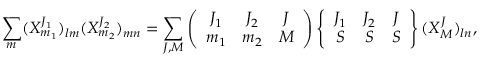
\sum _ { m } ( X _ { m _ { 1 } } ^ { J _ { 1 } } ) _ { l m } ( X _ { m _ { 2 } } ^ { J _ { 2 } } ) _ { m n } = \sum _ { J , M } \left( \begin{array} { c c c } { { J _ { 1 } } } & { { J _ { 2 } } } & { { J } } \\ { { m _ { 1 } } } & { { m _ { 2 } } } & { { M } } \end{array} \right) \left\{ \begin{array} { c c c } { { J _ { 1 } } } & { { J _ { 2 } } } & { { J } } \\ { { S } } & { { S } } & { { S } } \end{array} \right\} ( X _ { M } ^ { J } ) _ { l n } ,